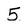
Character: 5